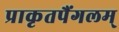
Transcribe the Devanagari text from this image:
प्राकृतपैंगलम्‌